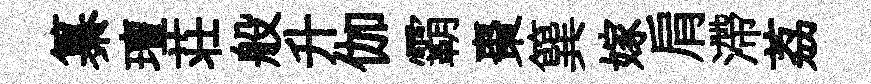
纂璮荘般升伽霸棗簨嫁肩滯荔